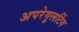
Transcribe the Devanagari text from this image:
अपरेगुलटिंग